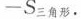
- S _ { 三 角 形 }$$.